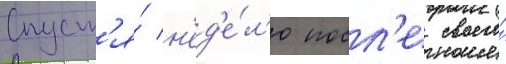
Спуст'я́ н'ед'е́л'ю посл'е своего́